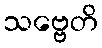
သဗ္ဗေတိ